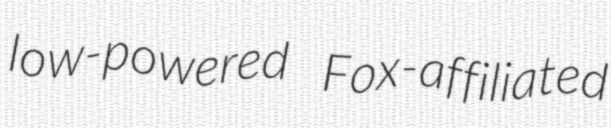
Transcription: low-powered Fox-affiliated